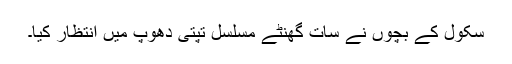
سکول کے بچوں نے سات گھنٹے مسلسل تپتی دھوپ میں انتظار کیا۔